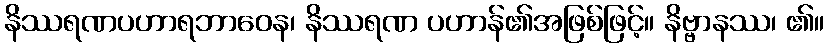
နိဿရဏပဟာရဘာဝေန၊ နိဿရဏ ပဟာန်၏အဖြစ်ဖြင့်။ နိဗ္ဗာနဿ၊ ၏။